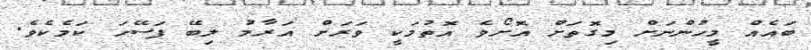
ބައެއް މީހުންނަށް މިގޮތަށް އޮށޯވެ އޮތުމަކީ ވަރަށް އަރާމު ލިބޭ ފަސޭހަ ކަމެކެވެ.